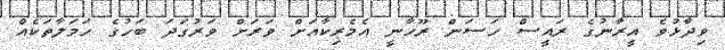
ވިދާޅުވެ އީރާނުގެ ރައީސް ހަސަން ރޫހާނީ އެމެރިކާއަށް ވަރަށް ވަރުގަދަ ބަހުގެ ހަމަލާތަކެއް